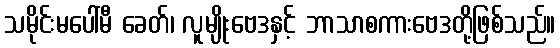
သမိုင်းမပေါ်မီ ခေတ်၊ လူမျိုးဗေဒနှင့် ဘာသာစကားဗေဒတို့ဖြစ်သည်။